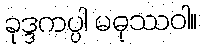
ခုဒ္ဒကပ္ပါ မဓုဿဝါ။